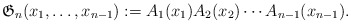
\begin{gather*} \mathfrak{G}_{n}(x_1,\ldots,x_{n-1}) := A_1(x_1) A_{2}(x_2) \cdots A_{n-1}(x_{n-1}). \end{gather*}